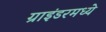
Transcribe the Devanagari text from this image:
ग्राइंडरमध्ये